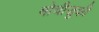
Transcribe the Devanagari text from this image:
मोचीज़ुकी